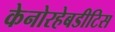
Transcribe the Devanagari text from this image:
केनोरहेबडीटिस